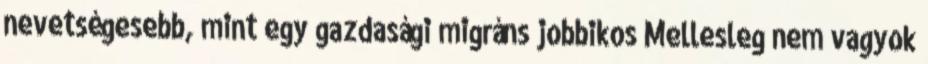
nevetségesebb, mint egy gazdasági migráns jobbikos Mellesleg nem vagyok